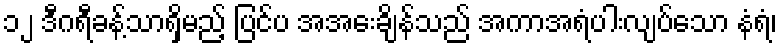
၁၂ ဒီဂရီခန့်သာရှိမည့် ပြင်ပ အအေးချိန်သည် အကာအရံပါးလျပ်သော နံရံ၊